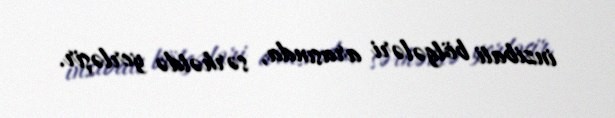
inzibati bölgələri arasında, sərhətdə yerləşir.